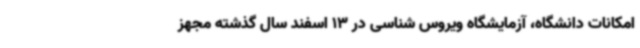
امکانات دانشگاه، آزمایشگاه ویروس شناسی در 13 اسفند سال گذشته مجهز